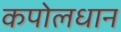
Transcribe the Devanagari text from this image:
कपोलधान